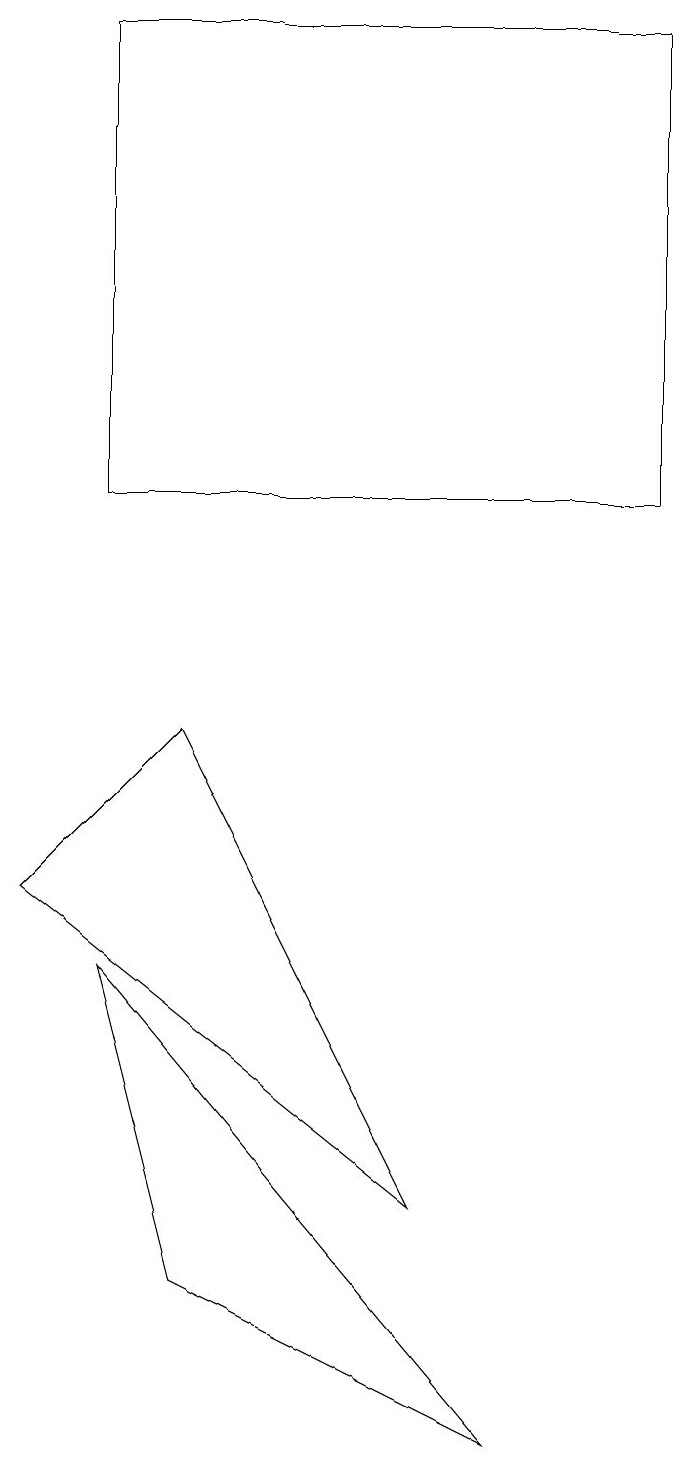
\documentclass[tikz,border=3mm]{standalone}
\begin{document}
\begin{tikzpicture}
\draw (1,6) -- (6,0) -- (2,2) -- cycle;
\draw (8,12) rectangle (1,18);
\draw (0,7) -- (5,3) -- (2,9) -- cycle;
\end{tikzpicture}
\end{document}